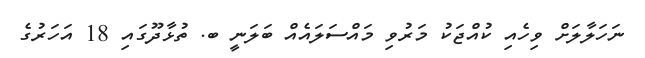
ނަހަލާލަށް ވިހެއި ކުއްޖަކު މަރުވި މައްސަލައެއް ބަލަނީ ބ. ތުޅާދޫގައި 18 އަހަރުގެ